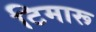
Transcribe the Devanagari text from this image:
टिमारू